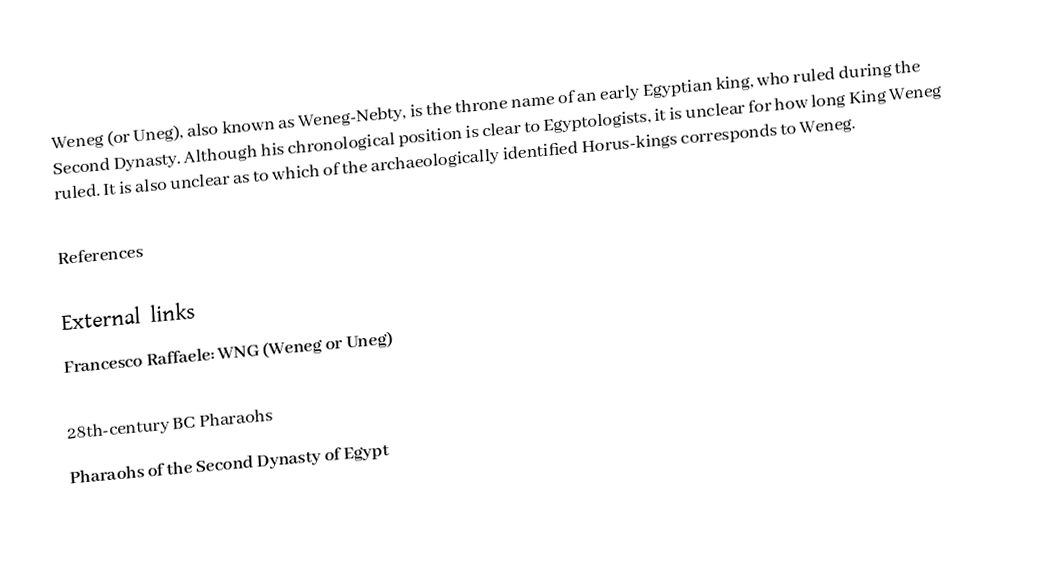
Weneg (or Uneg), also known as Weneg-Nebty, is the throne name of an early Egyptian king, who ruled during the Second Dynasty. Although his chronological position is clear to Egyptologists, it is unclear for how long King Weneg ruled. It is also unclear as to which of the archaeologically identified Horus-kings corresponds to Weneg.

References

External links
 Francesco Raffaele: WNG (Weneg or Uneg)

28th-century BC Pharaohs
Pharaohs of the Second Dynasty of Egypt